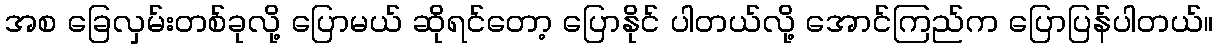
အစ ခြေလှမ်းတစ်ခုလို့ ပြောမယ် ဆိုရင်တော့ ပြောနိုင် ပါတယ်လို့ အောင်ကြည်က ပြောပြန်ပါတယ်။